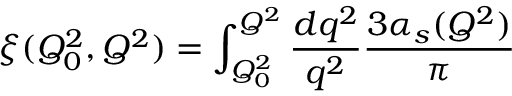
\xi ( Q _ { 0 } ^ { 2 } , Q ^ { 2 } ) = \int _ { Q _ { 0 } ^ { 2 } } ^ { Q ^ { 2 } } \frac { d q ^ { 2 } } { q ^ { 2 } } \frac { 3 \alpha _ { s } ( Q ^ { 2 } ) } { \pi }